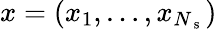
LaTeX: x=(x_{1},\ldots,x_{N_{\mathrm{~s~}}})